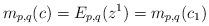
LaTeX: \begin{align*}m_{p,q}(c)=E_{p,q}(z^{1})=m_{p,q}(c_{1})\end{align*}